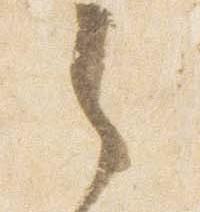
之